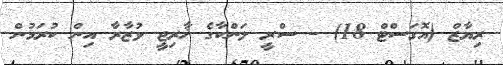
ރިޔާޒް (އޮގަސްޓް 18) - ސްރީ ލަންކާގެ ޚާރިޖީ ވުޒާރާ އިން ކުރަމުން